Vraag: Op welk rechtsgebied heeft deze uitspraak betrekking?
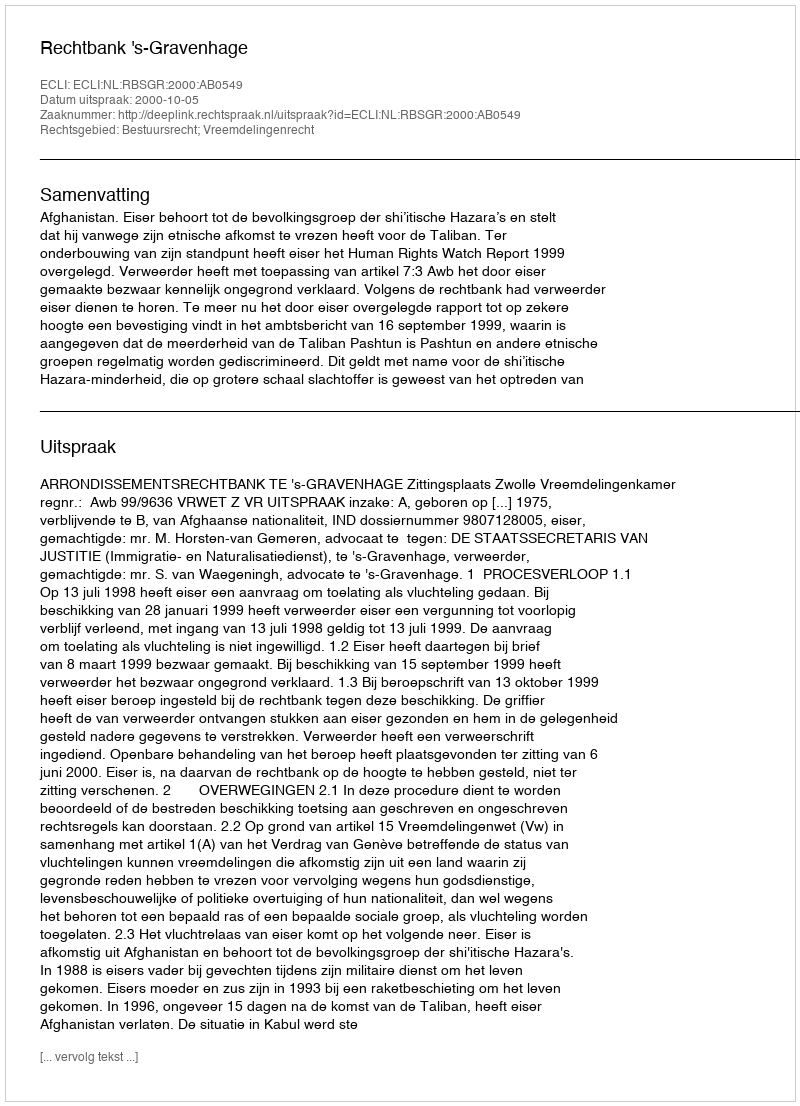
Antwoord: Bestuursrecht; Vreemdelingenrecht